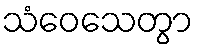
သံဝေသေတွာ